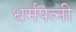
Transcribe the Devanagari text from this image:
धर्मपत्‍नी